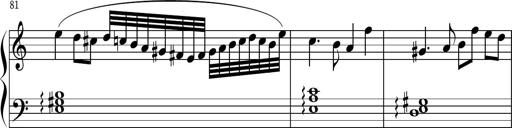
Title: Keyboard Sonatina in G
Composer: Michael Pogudin
Key: G major